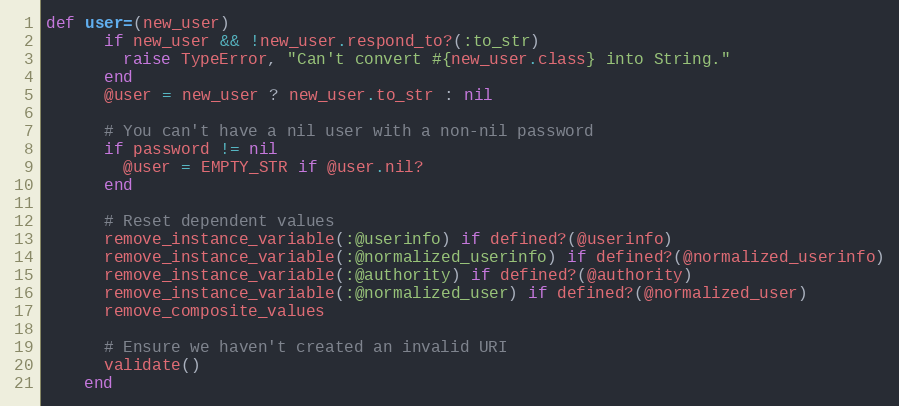
Language: Ruby
def user=(new_user)
      if new_user && !new_user.respond_to?(:to_str)
        raise TypeError, "Can't convert #{new_user.class} into String."
      end
      @user = new_user ? new_user.to_str : nil

      # You can't have a nil user with a non-nil password
      if password != nil
        @user = EMPTY_STR if @user.nil?
      end

      # Reset dependent values
      remove_instance_variable(:@userinfo) if defined?(@userinfo)
      remove_instance_variable(:@normalized_userinfo) if defined?(@normalized_userinfo)
      remove_instance_variable(:@authority) if defined?(@authority)
      remove_instance_variable(:@normalized_user) if defined?(@normalized_user)
      remove_composite_values

      # Ensure we haven't created an invalid URI
      validate()
    end